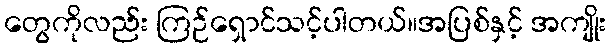
တွေကိုလည်း ကြဉ်ရှောင်သင့်ပါတယ်။အပြစ်နှင့် အကျိုး